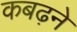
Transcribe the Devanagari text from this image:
कबढ़ने